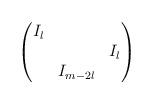
LaTeX: \begin{align*}\begin{pmatrix}I_l \\ & & I_l \\& I_{m-2l}\end{pmatrix}\end{align*}